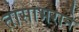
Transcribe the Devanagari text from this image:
तासाभराने